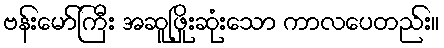
ဗန်းမော်ကြီး အဆူဖြိုးဆုံးသော ကာလပေတည်း။